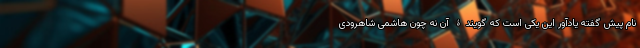
نام پیش گفته یادآور این یکی است که گویندۀ آن نه چون هاشمی شاهرودی